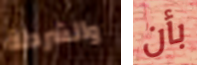
والشرطة بأن